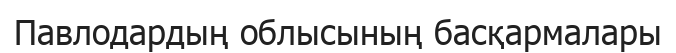
Павлодардың облысының басқармалары